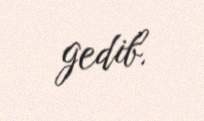
gedib.